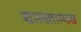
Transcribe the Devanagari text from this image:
शाल्स्ताम्भस